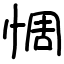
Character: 惆